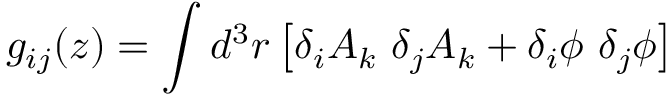
g _ { i j } ( z ) = \int d ^ { 3 } r \left[ \delta _ { i } A _ { k } \, \, \delta _ { j } A _ { k } + \delta _ { i } \phi \, \, \delta _ { j } \phi \right]